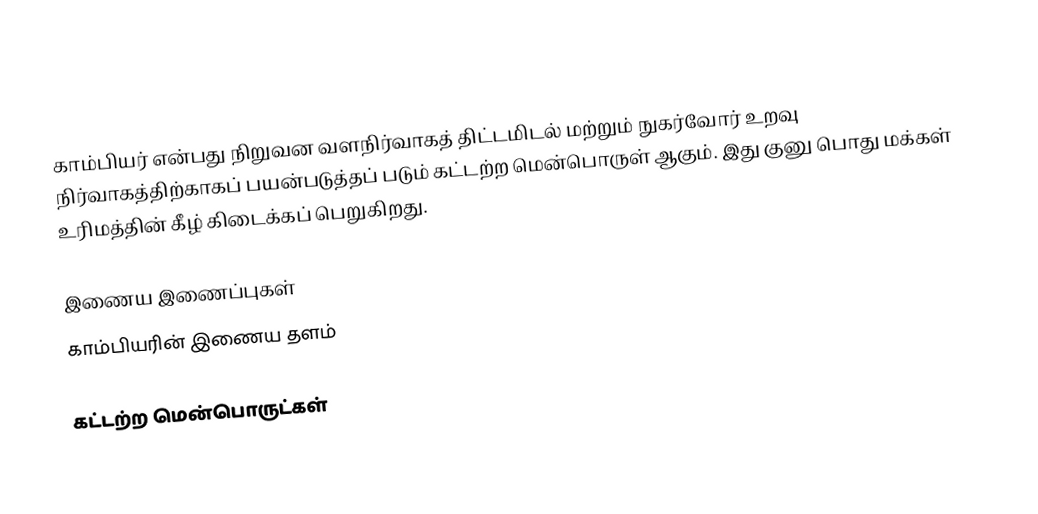
காம்பியர் என்பது நிறுவன வளநிர்வாகத் திட்டமிடல் மற்றும் நுகர்வோர் உறவு நிர்வாகத்திற்காகப் பயன்படுத்தப் படும் கட்டற்ற மென்பொருள் ஆகும். இது குனு பொது மக்கள் உரிமத்தின் கீழ் கிடைக்கப் பெறுகிறது.

இணைய இணைப்புகள்
 காம்பியரின் இணைய தளம்

கட்டற்ற மென்பொருட்கள்